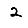
Digit: 2